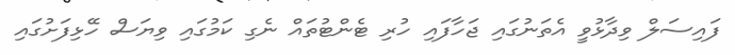
ފައިސަލް ވިދާޅުވީ އެތަނުގައި ޖަހާފައި ހުރި ޓެންޓުތައް ނެގި ކަމުގައި ވިޔަސް ހޭޅިފަށުގައި